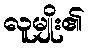
လူမျိုး၏